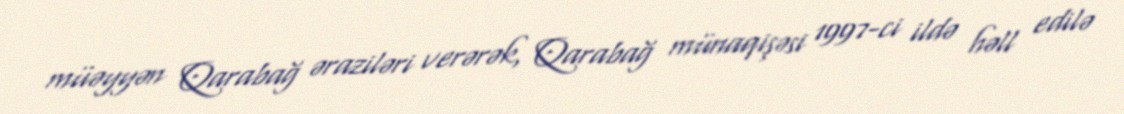
müəyyən Qarabağ əraziləri verərək, Qarabağ münaqişəsi 1997-ci ildə həll edilə